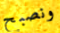
ونصبح